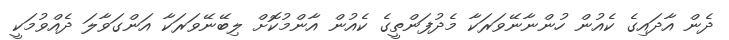
ދެން އާދައިގެ ކެއުން ހުންނާނޭވަރަކާ މެދުފަންތީގެ ކެއުން އާންމުކޮށް ލިބޭނޭވަރަކާ އަންގަވާލަ ދެއްވުމަކީ